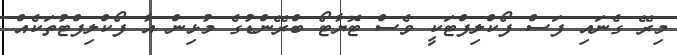
މިރޭ ގެނައި ފަސް ފޯކްލިފްޓަކީ ވެސް ޓޮޔާޓޯ ބްރޭންޑުގެ މުޅިން އާ ފޯކްލިފްޓުތަކެއް